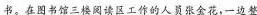
书。在图书馆三楼阅读区工作的人员张金花，一边整